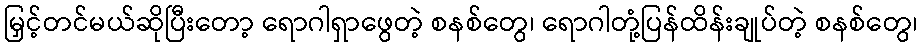
မြှင့်တင်မယ်ဆိုပြီးတော့ ရောဂါရှာဖွေတဲ့ စနစ်တွေ၊ ရောဂါတုံ့ပြန်ထိန်းချုပ်တဲ့ စနစ်တွေ၊